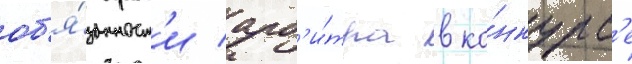
об'я́занност'и арб'и́тра в ко́нкурс'е